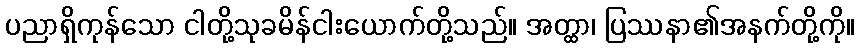
ပညာရှိကုန်သော ငါတို့သုခမိန်ငါးယောက်တို့သည်။ အတ္ထာ၊ ပြဿနာ၏အနက်တို့ကို။